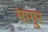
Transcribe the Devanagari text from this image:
मागुर